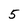
Character: 5